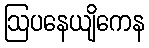
ဩပနေယျိကေန